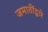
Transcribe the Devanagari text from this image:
जमातींद्वारे